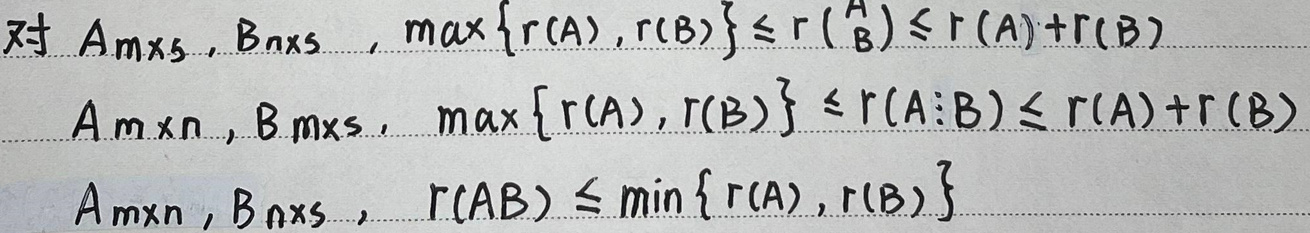
对\(A_{m\times s}\)，\(B_{n\times s}\)，\(\max\{r(A),r(B)\}\leq r\left(\begin{array}{c}A\\B\end{array}\right)\leq r(A)+r(B)\)

\(A_{m\times n}\)，\(B_{m\times s}\)，\(\max\{r(A),r(B)\}\leq r(A:B)\leq r(A)+r(B)\)

\(A_{m\times n}\)，\(B_{n\times s}\)，\(r(AB)\leq \min\{r(A),r(B)\}\)